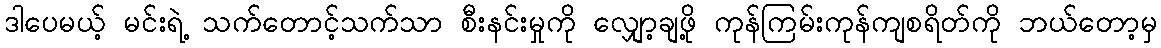
ဒါပေမယ့် မင်းရဲ့ သက်တောင့်သက်သာ စီးနင်းမှုကို လျှော့ချဖို့ ကုန်ကြမ်းကုန်ကျစရိတ်ကို ဘယ်တော့မှ